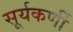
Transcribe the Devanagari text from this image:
सूर्यकर्णी